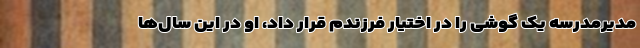
مدیرمدرسه یک گوشی را در اختیار فرزندم قرار داد، او در این سال‌ها